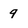
Character: 9